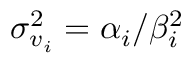
\sigma _ { v _ { i } } ^ { 2 } = \alpha _ { i } / \beta _ { i } ^ { 2 }